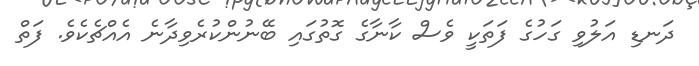
ދަނޑި އަލުވި ގަހުގެ ފަތަކީ ވެސް ކާނާގެ ގޮތުގައި ބޭނުންކުރެވިދާނެ އެއްޗެކެވެ. ފަތް